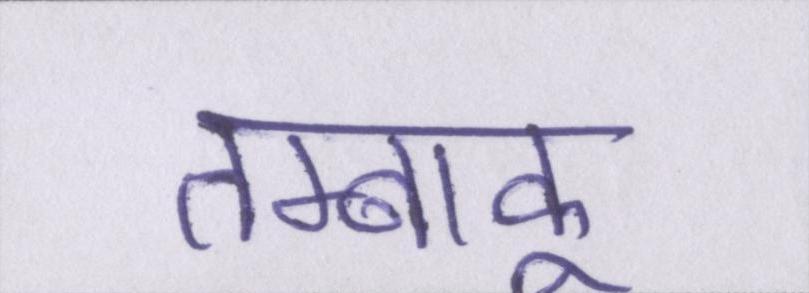
तम्बाकू